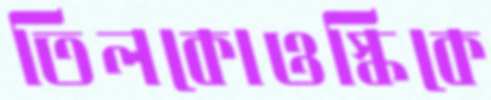
তিলকোওস্কিকে